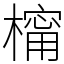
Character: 橣